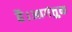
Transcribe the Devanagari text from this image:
है।आगंतुक